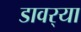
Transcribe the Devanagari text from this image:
डावर्‍या